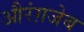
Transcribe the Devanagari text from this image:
औरंग़जेब